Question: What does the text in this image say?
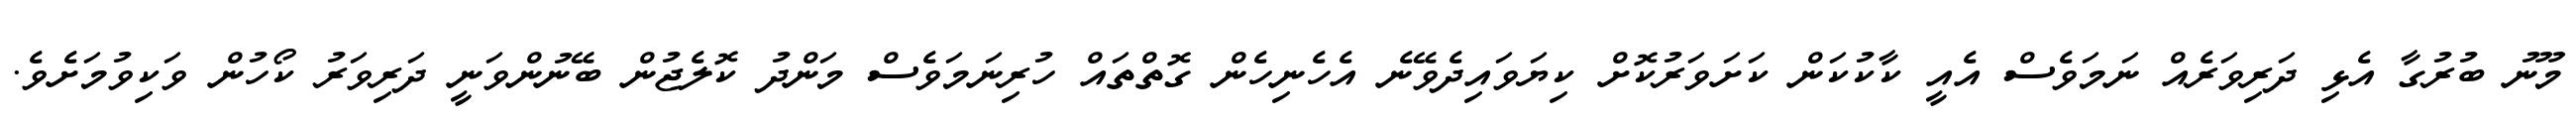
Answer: މޫނު ބުރުގާ އެޅި ދަރިވަރެއް ނަމަވެސް އެއީ ކާކުކަން ކަށަވަރުކޮށް ކިޔަވައިދެވޭނެ އެހެނިހެން ގޮތްތައް ހުރިނަމަވެސް މަންދު ކޮލެޖުން ބޭނުންވަނީ ދަރިވަރު ކޯހުން ވަކިވުމަށެވެ.